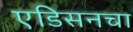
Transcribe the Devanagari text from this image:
एडिसनचा